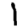
Digit: 1